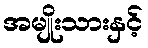
အမျိုးသားနှင့်